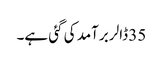
35 ڈالر برآمد کی گئی ہے۔